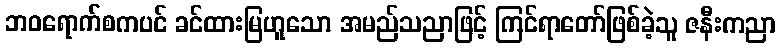
ဘဝရောက်စကပင် ခင်ထားမြဟူသော အမည်သညာဖြင့် ကြင်ရာတော်ဖြစ်ခဲ့သူ ဇနီးကညာ